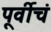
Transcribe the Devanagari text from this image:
पूर्वीचं